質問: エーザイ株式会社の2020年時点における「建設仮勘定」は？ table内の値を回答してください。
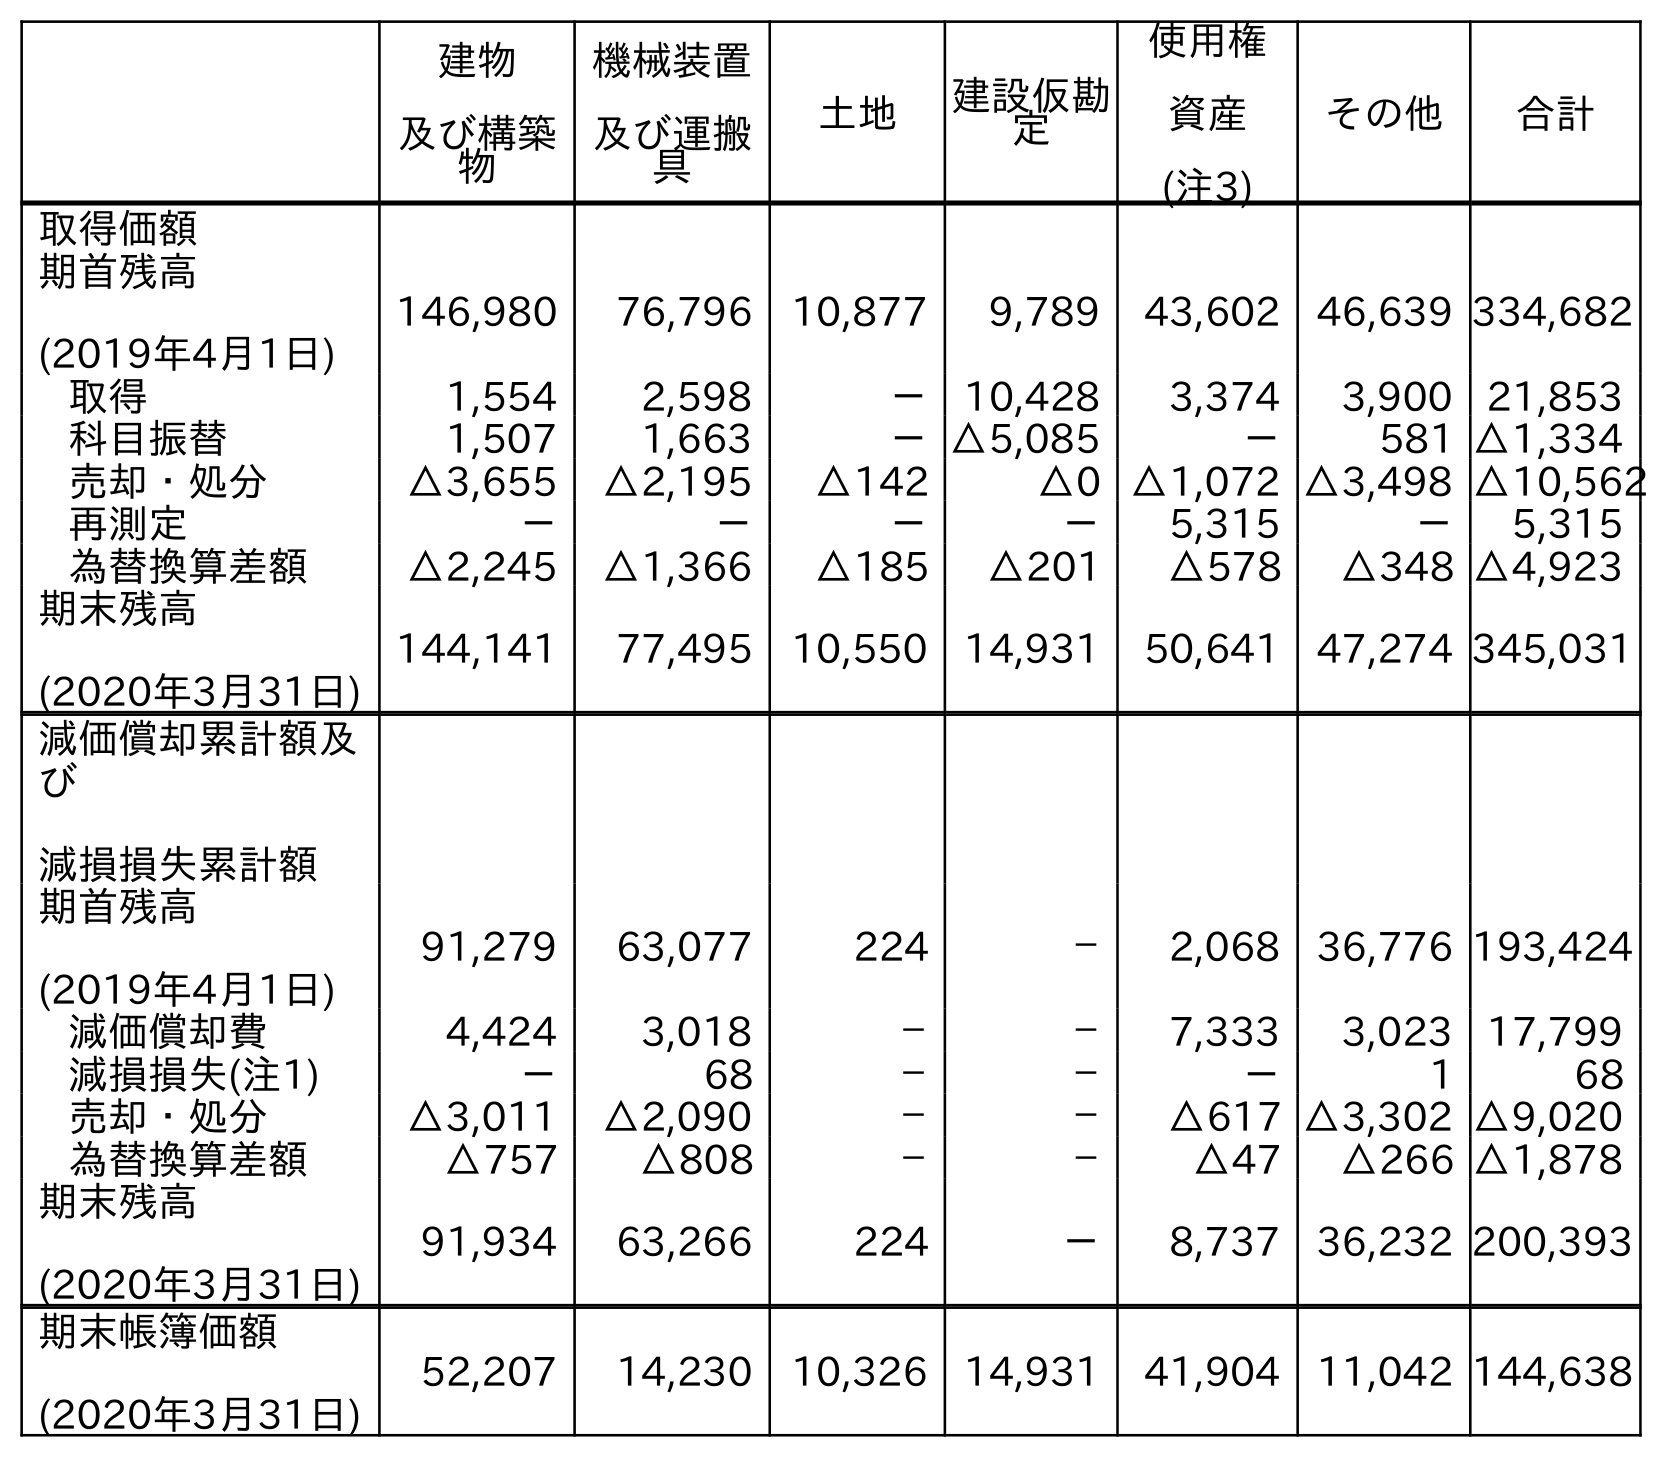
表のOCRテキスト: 建物 及び構築 物 機械装置 及び運搬 具 土地 建設仮勘 定 使用権 資産 (注3) その他 合計 取得価額 期首残高 (2019年4月1日) 146,980 76,796 10,877 9,789 43,602 46,639 334,682 取得 1,554 2,598 － 10,428 3,374 3,900 21,853 科目振替 1,507 1,663 －△5,085 － 581 △1,334 売却・処分 △3,655 △2,195 △142 △0 △1,072 △3,498 △10,562 再測定 － － － － 5,315 － 5,315 為替換算差額 △2,245 △1,366 △185 △201 △578 △348 △4,923 期末残高 (2020年3月31日) 144,141 77,495 10,550 14,931 50,641 47,274 345,031 減価償却累計額及 び 減損損失累計額 期首残高 (2019年4月1日) 91,279 63,077 224 － 2,068 36,776 193,424 減価償却費 4,424 3,018 － － 7,333 3,023 17,799 減損損失(注1) － 68 － － － 1 68 売却・処分 △3,011 △2,090 － － △617 △3,302 △9,020 為替換算差額 △757 △808 － － △47 △266 △1,878 期末残高 (2020年3月31日) 91,934 63,266 224 － 8,737 36,232 200,393 期末帳簿価額 (2020年3月31日) 52,207 14,230 10,326 14,931 41,904 11,042 144,638
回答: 14,931